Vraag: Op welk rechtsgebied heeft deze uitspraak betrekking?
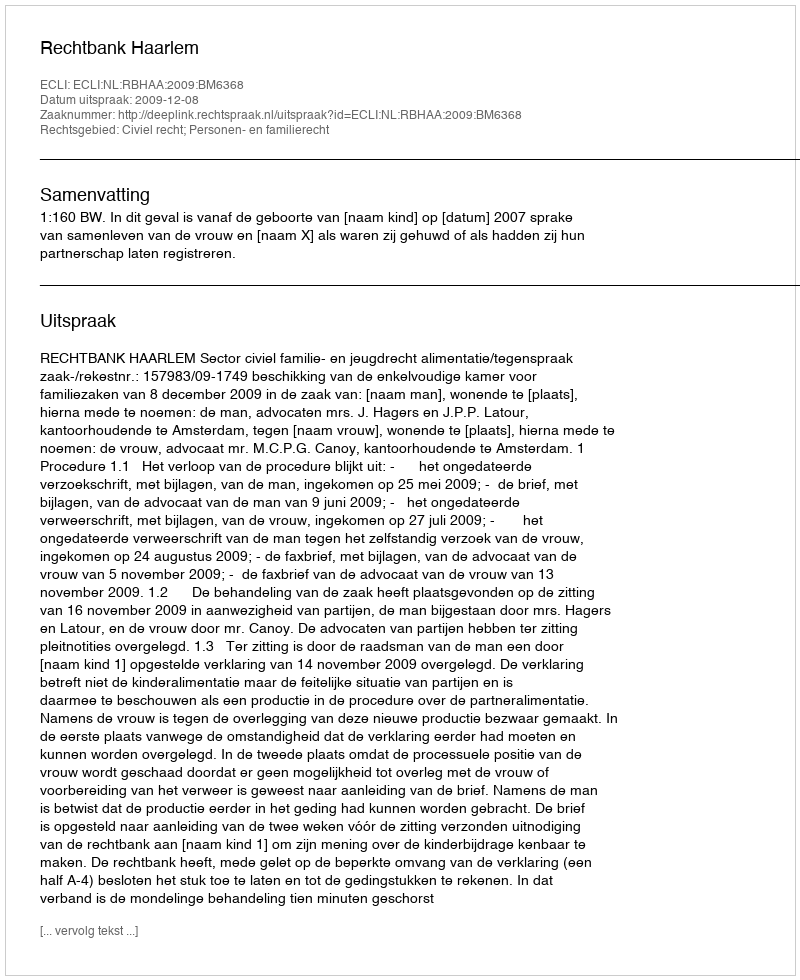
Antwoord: Civiel recht; Personen- en familierecht